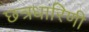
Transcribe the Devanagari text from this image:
छत्रधारिणी